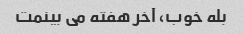
بله خوب، آخر هفته می بینمت